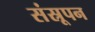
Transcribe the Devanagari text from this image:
संस्रूपन